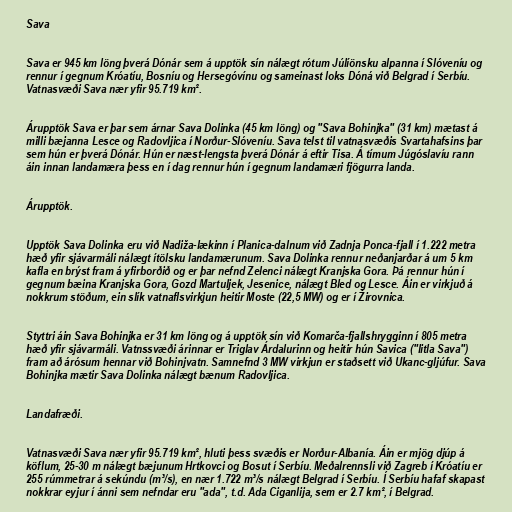
Sava

Sava er 945 km löng þverá Dónár sem á upptök sín nálægt rótum Júlíönsku alpanna í Slóveníu og
rennur í gegnum Króatíu, Bosníu og Hersegóvínu og sameinast loks Dóná við Belgrad í Serbíu.
Vatnasvæði Sava nær yfir 95.719 km².

Árupptök Sava er þar sem árnar Sava Dolinka (45 km löng) og "Sava Bohinjka" (31 km) mætast á
milli bæjanna Lesce og Radovljica í Norður-Slóveníu. Sava telst til vatnasvæðis Svartahafsins þar
sem hún er þverá Dónár. Hún er næst-lengsta þverá Dónár á eftir Tisa. Á tímum Júgóslavíu rann
áin innan landamæra þess en í dag rennur hún í gegnum landamæri fjögurra landa.

Árupptök.

Upptök Sava Dolinka eru við Nadiža-lækinn í Planica-dalnum við Zadnja Ponca-fjall í 1.222 metra
hæð yfir sjávarmáli nálægt ítölsku landamærunum. Sava Dolinka rennur neðanjarðar á um 5 km
kafla en brýst fram á yfirborðið og er þar nefnd Zelenci nálægt Kranjska Gora. Þá rennur hún í
gegnum bæina Kranjska Gora, Gozd Martuljek, Jesenice, nálægt Bled og Lesce. Áin er virkjuð á
nokkrum stöðum, ein slík vatnaflsvirkjun heitir Moste (22,5 MW) og er í Žirovnica.

Styttri áin Sava Bohinjka er 31 km löng og á upptök sín við Komarča-fjallshrygginn í 805 metra
hæð yfir sjávarmáli. Vatnssvæði árinnar er Triglav Árdalurinn og heitir hún Savica ("litla Sava")
fram að árósum hennar við Bohinjvatn. Samnefnd 3 MW virkjun er staðsett við Ukanc-gljúfur. Sava
Bohinjka mætir Sava Dolinka nálægt bænum Radovljica.

Landafræði.

Vatnasvæði Sava nær yfir 95.719 km², hluti þess svæðis er Norður-Albanía. Áin er mjög djúp á
köflum, 25-30 m nálægt bæjunum Hrtkovci og Bosut í Serbíu. Meðalrennsli við Zagreb í Króatíu er
255 rúmmetrar á sekúndu (m³/s), en nær 1.722 m³/s nálægt Belgrad í Serbíu. Í Serbíu hafaf skapast
nokkrar eyjur í ánni sem nefndar eru "ada", t.d. Ada Ciganlija, sem er 2.7 km², í Belgrad.